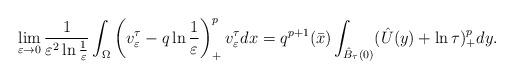
LaTeX: \begin{align*}\lim_{\varepsilon\to 0}\frac{1}{\varepsilon^2\ln\frac{1}{\varepsilon}}\int_\Omega\left( v^\tau_\varepsilon-q\ln\frac{1}{\varepsilon}\right) ^p_+v^\tau_\varepsilon dx=q^{p+1}(\bar{x})\int_{\hat{B}_\tau(0)}(\hat{U}(y)+\ln\tau)^{p}_+dy.\end{align*}